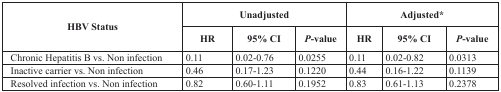
<table><thead><tr><td rowspan="2"><b>HBV Status</b></td><td colspan="3"><b>Unadjusted</b></td><td colspan="3"><b>Adjusted*</b></td></tr><tr><td><b>HR</b></td><td><b>95% CI</b></td><td><b><i>P</i>-value</b></td><td><b>HR</b></td><td><b>95% CI</b></td><td><b><i>P</i>-value</b></td></tr></thead><tbody><tr><td> Chronic Hepatitis B vs. Non infection </td><td>0.11</td><td>0.02-0.76</td><td>0.0255</td><td>0.11</td><td>0.02-0.82</td><td>0.0313</td></tr><tr><td> Inactive carrier vs. Non infection</td><td>0.46</td><td>0.17-1.23</td><td>0.1220</td><td>0.44</td><td>0.16-1.22</td><td>0.1139</td></tr><tr><td> Resolved infection vs. Non infection</td><td>0.82</td><td>0.60-1.11</td><td>0.1952</td><td>0.83</td><td>0.61-1.13</td><td>0.2378</td></tr></tbody></table>